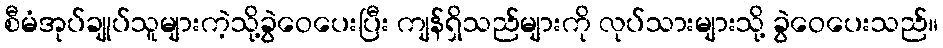
စီမံအုပ်ချုပ်သူများကဲ့သို့ခွဲဝေပေးပြီး ကျန်ရှိသည်များကို လုပ်သားများသို့ ခွဲဝေပေးသည်။